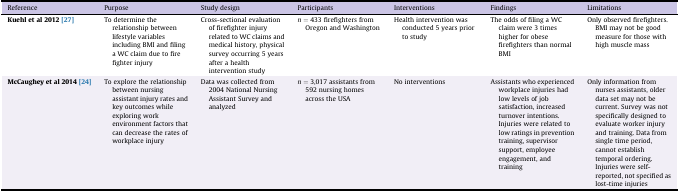
<table><thead><tr><td><b>Reference</b></td><td><b>Purpose</b></td><td><b>Study design</b></td><td><b>Participants</b></td><td><b>Interventions</b></td><td><b>Findings</b></td><td><b>Limitations</b></td></tr></thead><tbody><tr><td><b>Kuehl et al 2012</b><b>[27]</b></td><td>To determine the relationship between lifestyle variables including BMI and filing a WC claim due to fire fighter injury</td><td>Cross-sectional evaluation of firefighter injury related to WC claims and medical history, physical survey occurring 5 years after a health intervention study</td><td><i>n</i> = 433 firefighters from Oregon and Washington</td><td>Health intervention was conducted 5 years prior to study</td><td>The odds of filing a WC claim were 3 times higher for obese firefighters than normal BMI</td><td>Only observed firefighters. BMI may not be good measure for those with high muscle mass</td></tr><tr><td><b>McCaughey et al 2014</b><b>[24]</b></td><td>To explore the relationship between nursing assistant injury rates and key outcomes while exploring work environment factors that can decrease the rates of workplace injury</td><td>Data was collected from 2004 National Nursing Assistant Survey and analyzed</td><td><i>n</i> = 3,017 assistants from 592 nursing homes across the USA</td><td>No interventions</td><td>Assistants who experienced workplace injuries had low levels of job satisfaction, increased turnover intentions. Injuries were related to low ratings in prevention training, supervisor support, employee engagement, and training</td><td>Only information from nurses assistants, older data set may not be current. Survey was not specifically designed to evaluate worker injury and training. Data from single time period, cannot establish temporal ordering. Injuries were self-reported, not specified as lost-time injuries</td></tr></tbody></table>